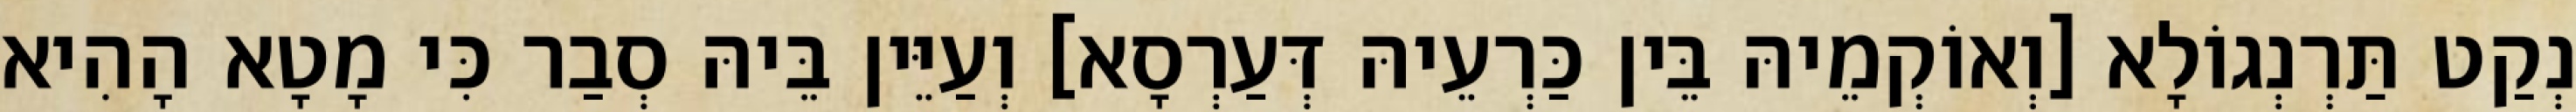
נְקַט תַּרְנְגוֹלָא [וְאוֹקְמֵיהּ בֵּין כַּרְעֵיהּ דְּעַרְסָא] וְעַיֵּין בֵּיהּ סְבַר כִּי מָטָא הָהִיא